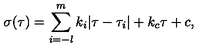
\sigma ( \tau ) = \sum _ { i = - l } ^ { m } k _ { i } | \tau - \tau _ { i } | + k _ { c } \tau + c , \,